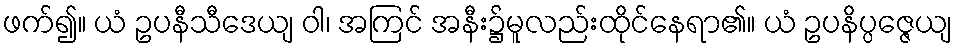
ဖက်၍။ ယံ ဥပနီသီဒေယျ ဝါ၊ အကြင် အနီး၌မူလည်းထိုင်နေရာ၏။ ယံ ဥပနိပ္ပဇ္ဇေယျ